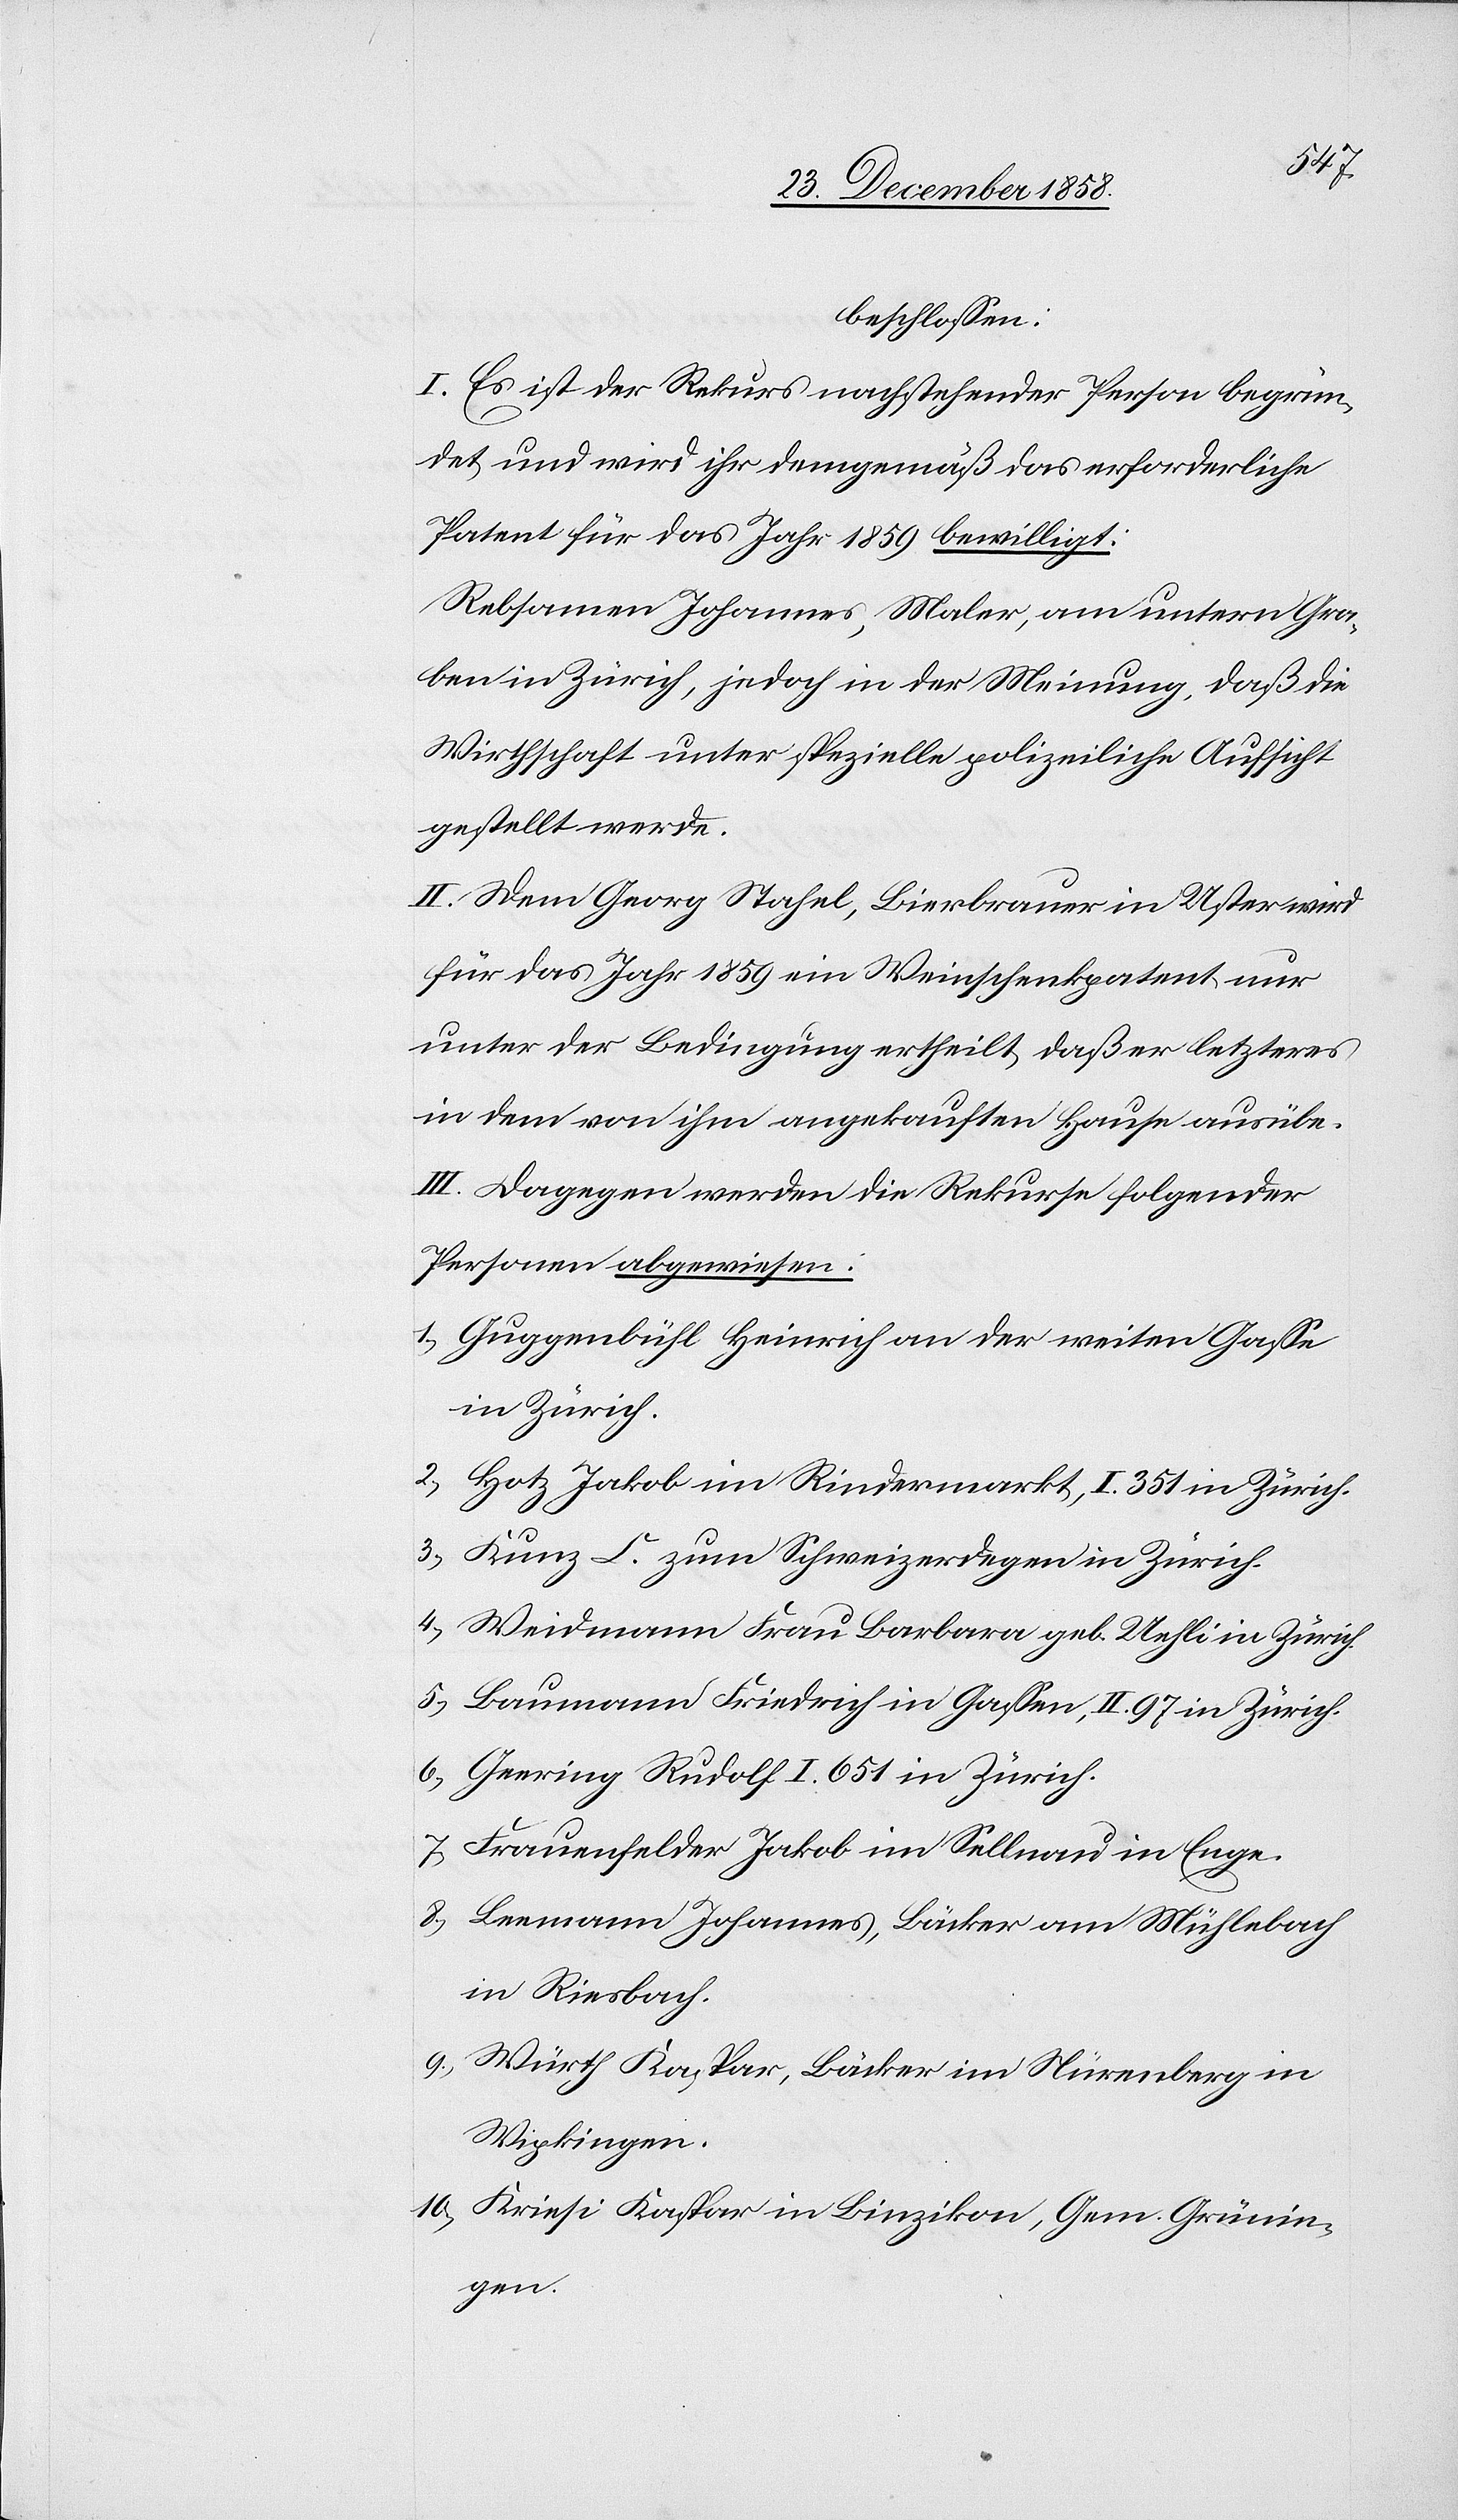
5.)
beschlossen:
I. Es ist der Rekurs nachstehender Person begrün¬
det und wird ihr demgemäß das erforderliche
Patent für das Jahr 1859 bewilligt:
Rebsamen Johannes, Maler, am untern Gra¬
ben in Zürich, jedoch in der Meinung, daß die
Wirthschaft unter spezielle polizeiliche Aufsicht
gestellt werde.
II. Dem Georg Stahel, Bierbrauer in Uster wird
für das Jahr 1859 ein Weinschenkpatent nur
unter der Bedingung ertheilt, daß er letzteres
in dem von ihm angekauften Hause ausübe.
III. Dagegen werden die Rekurse folgender
Personen abgewiesen:
Guggenbühl Heinrich an der weiten Gasse
in Zürich.
Hotz Jakob im Rindermarkt, I. 351 in Zürich.
Kunz C. zum Schweizerdegen in Zürich.
Weidmann Frau Barbara geb. Uehli in Zürich.
Baumann Friedrich in Gassen, II. 97 in Zürich.
Geering Rudolf I. 651 in Zürich.
Frauenfelder Jakob im Sellnau in Enge.
Leemann Johannes, Bäcker am Mühlebach
in Riesbach.
Würth Kaspar, Bäcker im Nürenberg in
Wipkingen.
Kriesi Kaspar in Binzikon, Gem. Grünin¬
gen.